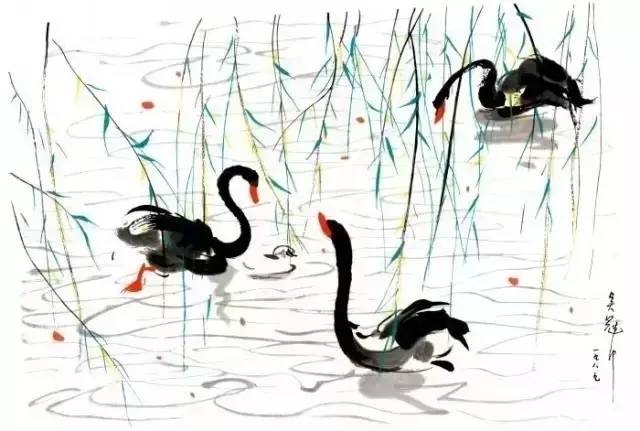
喜得故人同待诏，拟沽春酒醉京华。